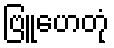
ဗြူဟေတုံ